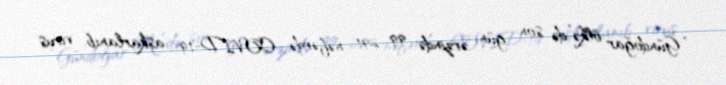
“Gündoğar ölkə”də son gün ərzində 99 291 nəfərdə COVID-19 aşkarlanıb, virus